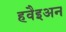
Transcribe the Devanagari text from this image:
हवैइअन